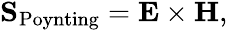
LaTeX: \begin{array}{r}{{\mathbf S}_{\mathrm{Poynting}}={\mathbf E}\times{\mathbf H},}\end{array}